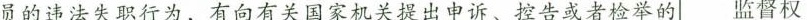
员的违法失职行为，有向有关国家机关提出申诉、控告或者检举的 监督权